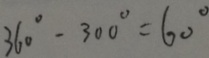
3 6 0 ^ { \circ } - 3 0 0 ^ { \circ } = 6 0 ^ { \circ }